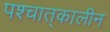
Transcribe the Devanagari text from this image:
पश्चात्‌कालीन